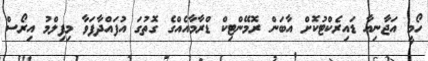
ހޯމީ އަޖާނިއާ ޑައިރެކްޓުކޮށް އާބަން ރޮމޭންޓިކް ޑްރާމާއެއްގެ ގޮތުގަ އުފައްދާފަވާ މިފިލްމު އިރޯސް